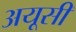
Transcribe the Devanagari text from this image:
अयूसी